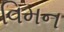
વિમન